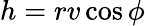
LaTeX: h=rv\cos\phi